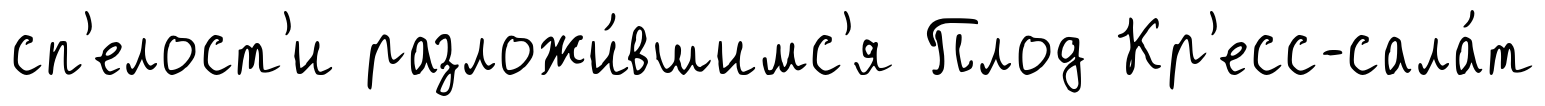
сп'елост'и разложи́вшимс'я Плод Кр'есс-сала́т